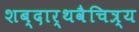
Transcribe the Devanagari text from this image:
शब्दार्थवैचित्र्य